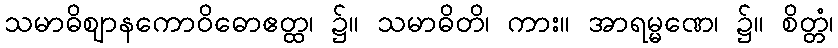
သမာဓိဈာနကောဝိဓောဧတ္ထ၊ ၌။ သမာဓိတိ၊ ကား။ အာရမ္မဏေ၊ ၌။ စိတ္တံ၊